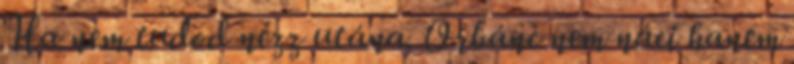
Ha nem tudod nézz utána. Orbánc nem náci hanem